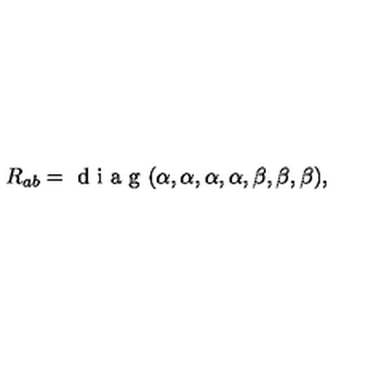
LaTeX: { R _ { a b } = \textrm { d i a g } ( \alpha , \alpha , \alpha , \alpha , \beta , \beta , \beta ) , }